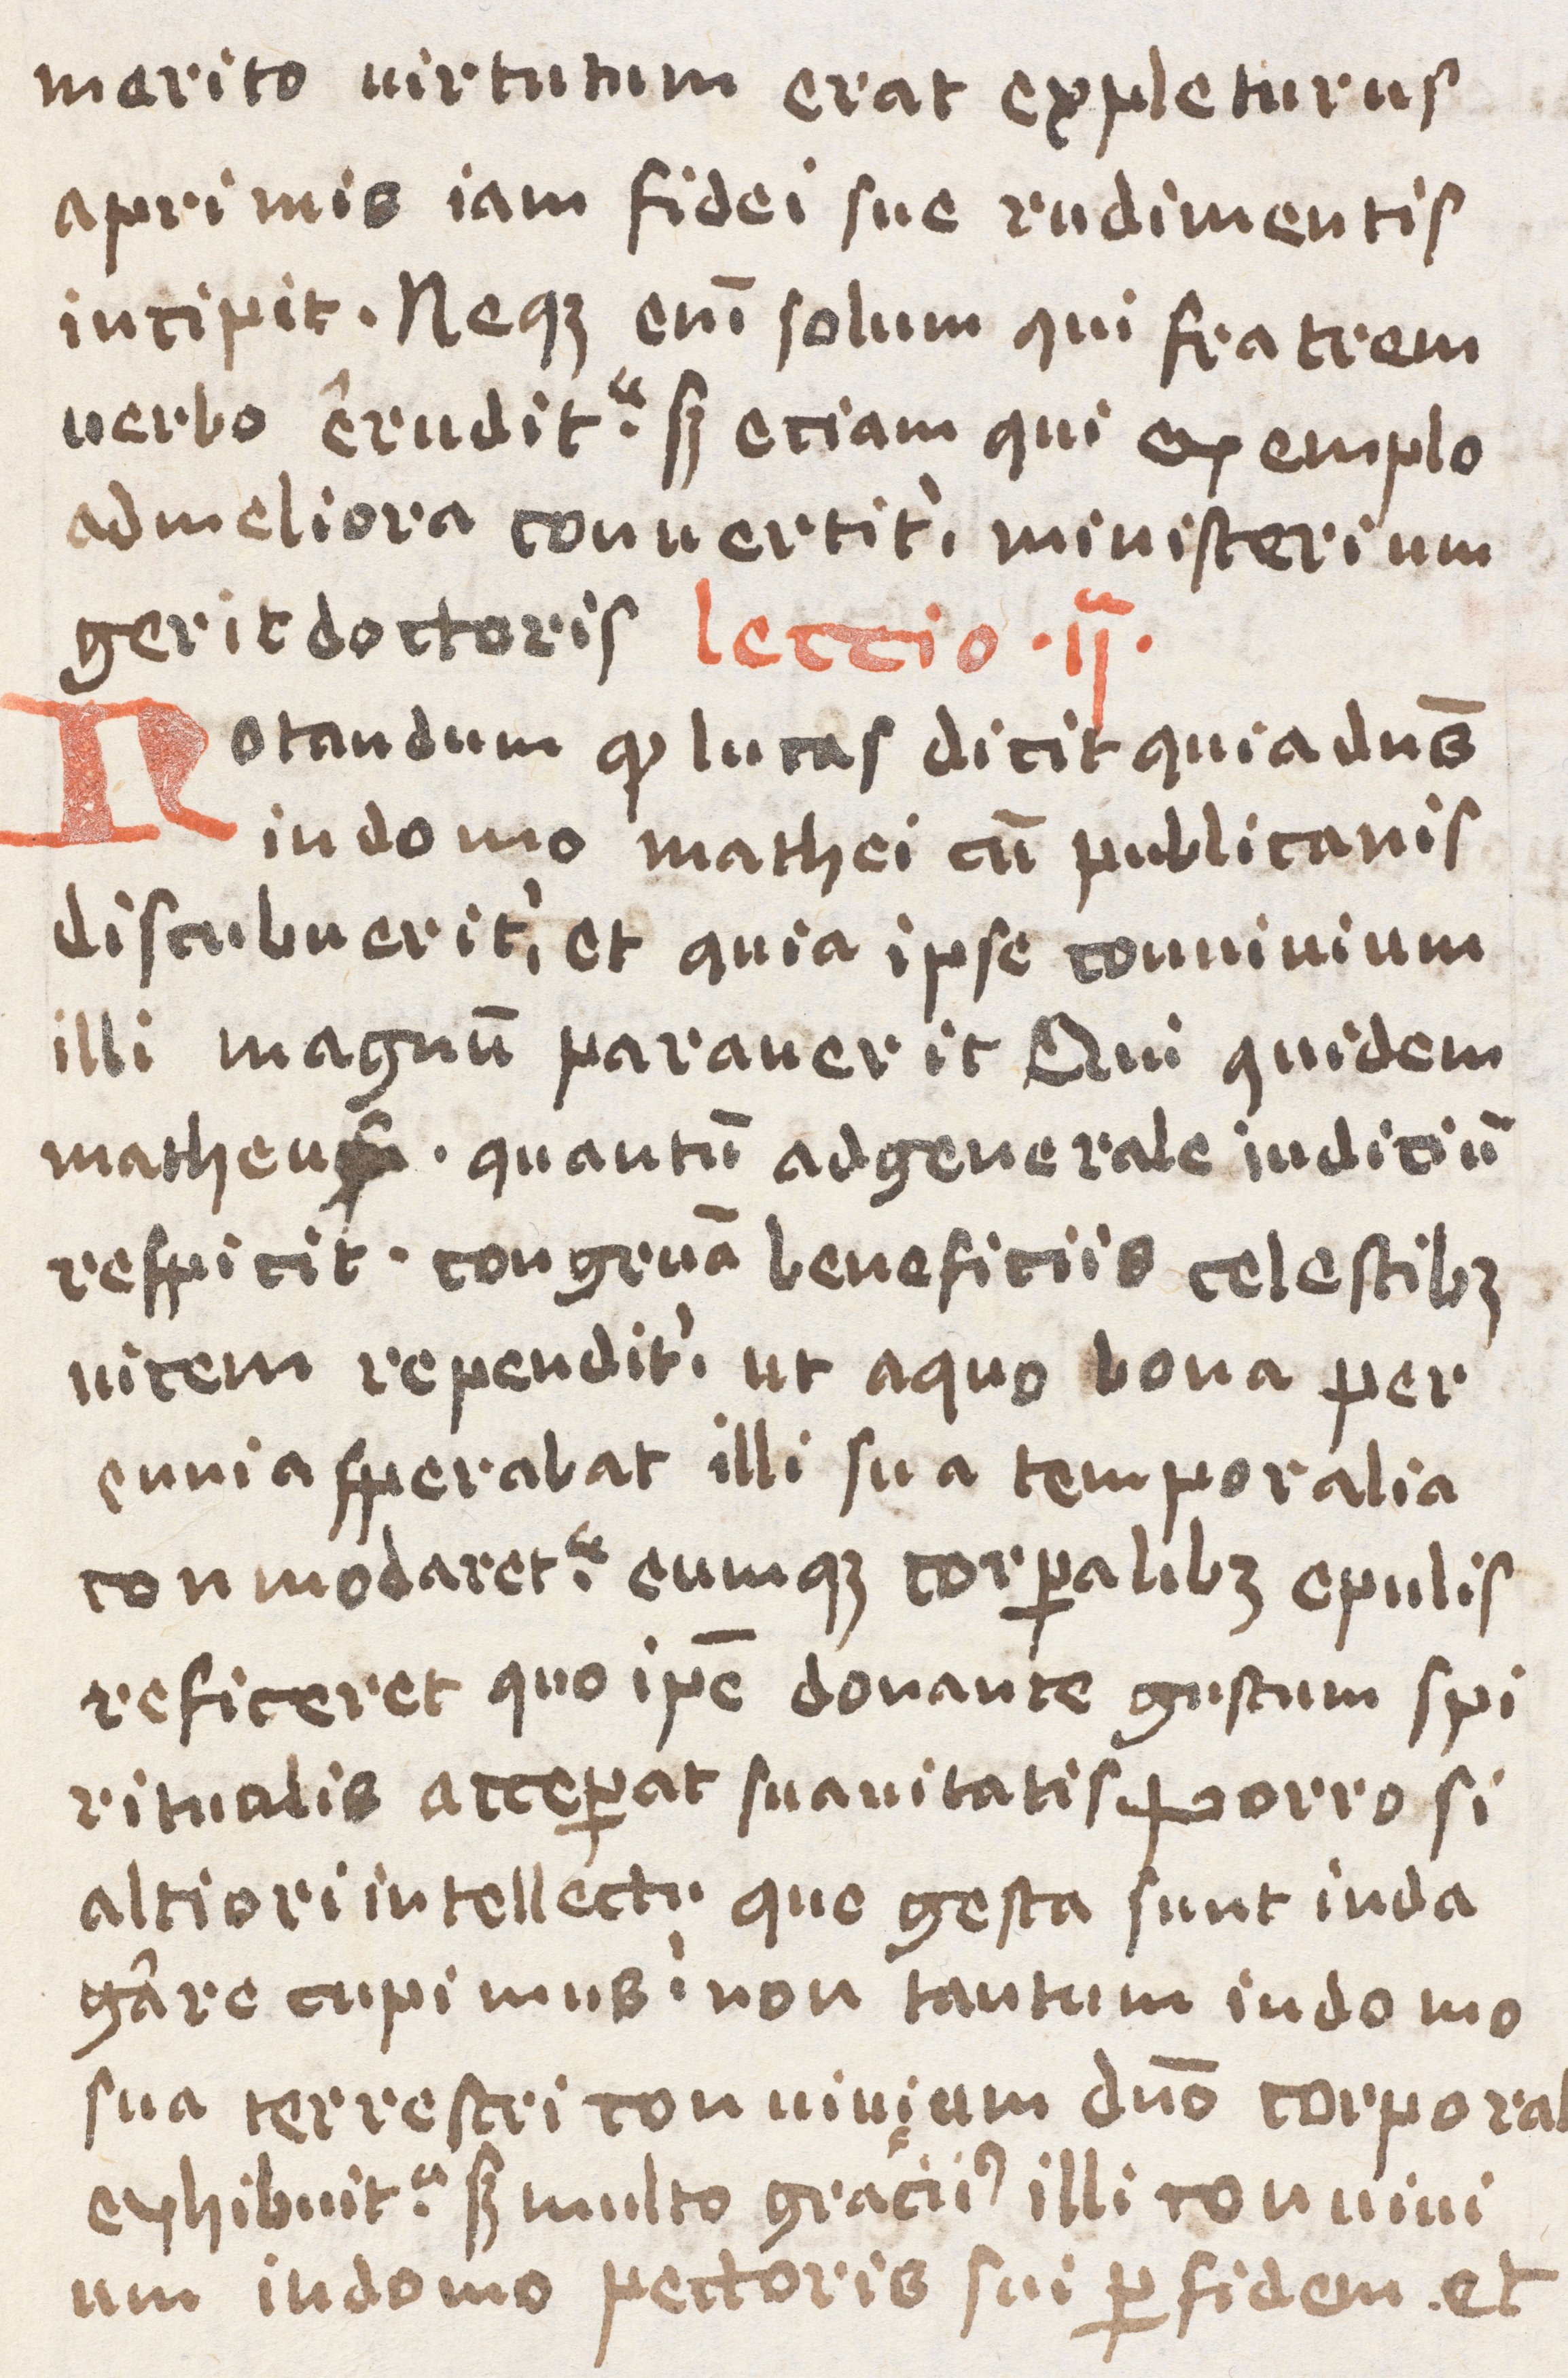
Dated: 1400–1499